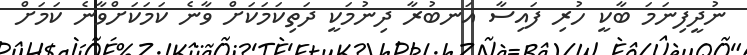
ނުދީފިނަމަ ބާކީ ހުރި ފައިސާ އަނބުރާ ދިނުމަކީ ދަތިކަމަކަށް ވާނެ ކަމަކަށްވާނެ ކަމަށް